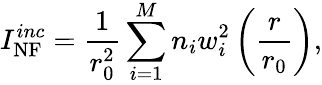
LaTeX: I_{\mathrm{NF}}^{inc}=\frac{1}{r_{0}^{2}}\sum_{i=1}^{M}n_{i}w_{i}^{2}\left(\frac{r}{r_{0}}\right),